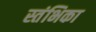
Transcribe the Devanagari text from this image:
स्तंभिका